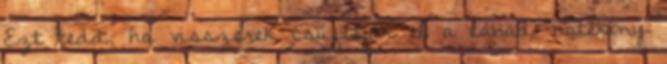
Ezt tedd, ha visszerek csúfítják el a lábad: hatékony